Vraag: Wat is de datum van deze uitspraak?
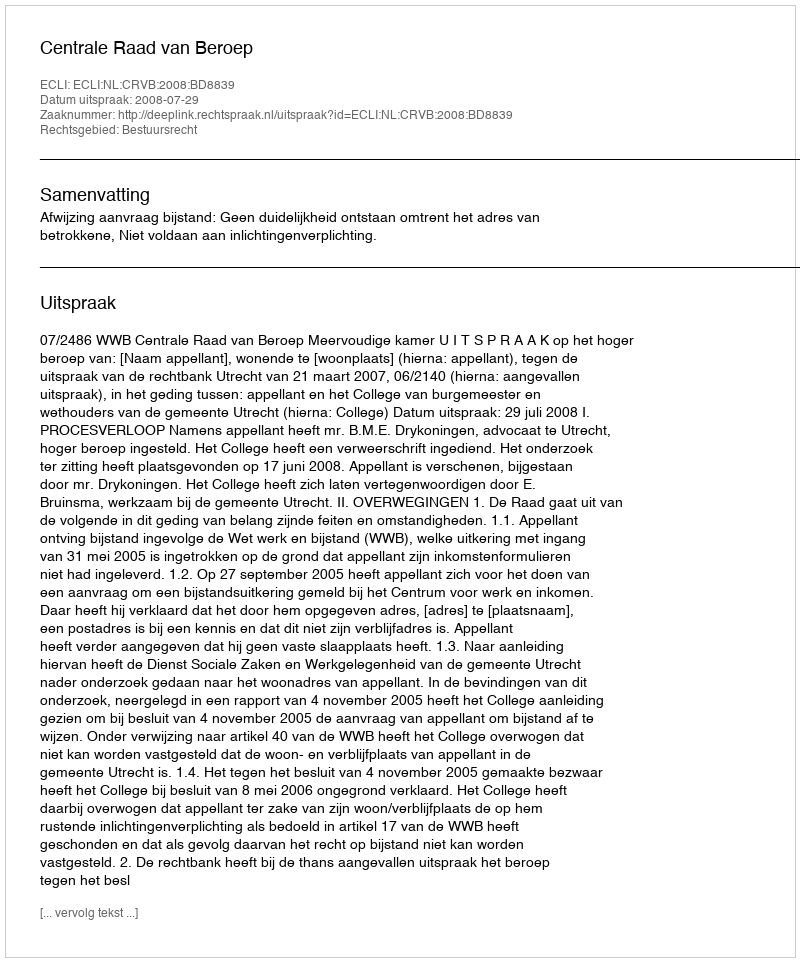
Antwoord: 2008-07-29